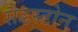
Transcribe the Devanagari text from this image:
सैडस्टोन